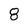
Character: 8